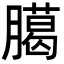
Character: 臈